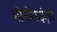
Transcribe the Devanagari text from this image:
मोनोसाईट्स